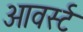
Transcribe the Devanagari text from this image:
आवर्स्ट